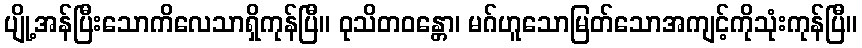
ပျို့အန်ပြီးသောကိလေသာရှိကုန်ပြီ။ ဝုသိတဝန္တော၊ မဂ်ဟူသောမြတ်သောအကျင့်ကိုသုံးကုန်ပြီ။